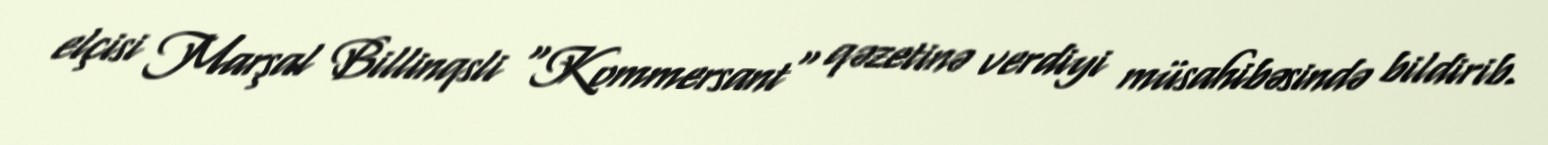
elçisi Marşal Billinqsli "Kommersant" qəzetinə verdiyi müsahibəsində bildirib.